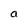
Character: a